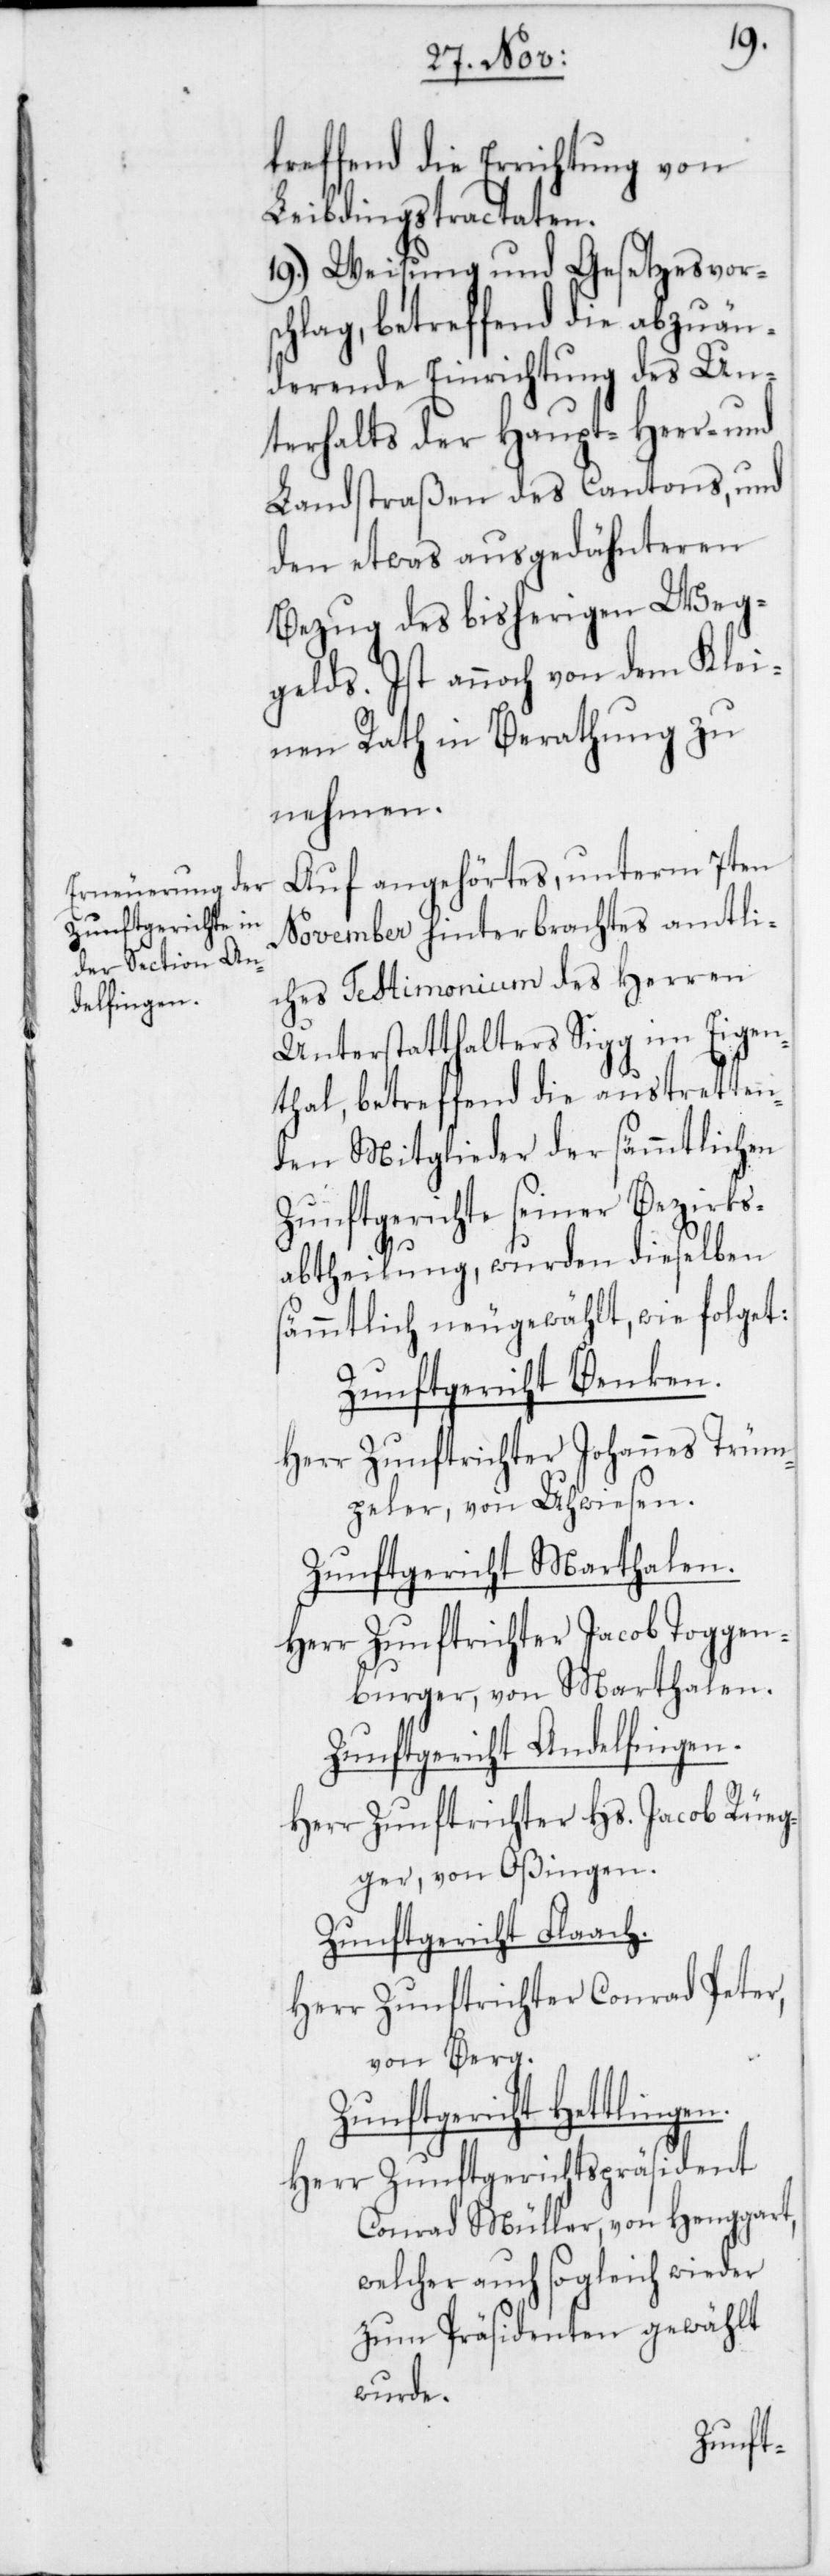
treffend die Errichtung von
Leibdingstractaten.
19.) Weisung und Gesetzesvor¬
schlag, betreffend die abzuän¬
derende Einrichtung des Un¬
terhalts der Haupt-[,] Heer- und
Landstraßen des Cantons, und
den etwas ausgedähnteren
Bezug des bisherigen Weg¬
gelds. Ist annoch von dem Klei¬
nen Rath in Berathung zu
nehmen.
Auf angehörtes, unterm 7ten
November hinterbrachtes amtli¬
ches Testimonium des Herren
Unterstatthalters Sigg im Eigen¬
thal, betreffend die austretten¬
den Mitglieder der sämmtlichen
Zunftgerichte seiner Bezirks¬
abtheilung, wurden dieselben
sämmtlich neu gewählt, wie folget:
Zunftgericht Benken.
Herr Zunftrichter Johannes Trüm¬
peler, von Uhwiesen.
Zunftgericht Marthalen.
Herr Zunftrichter Jacob Toggen¬
burger, von Marthalen.
Zunftgericht Andelfingen.
Herr Zunftrichter Hs. Jacob Rüeg¬
ger, von Oßingen.
Zunftgericht Flaach.
Herr Zunftrichter Conrad Peter,
von Berg.
Zunftgericht Hettlingen.
Herr Zunftgerichts-Präsident
Conrad Müller, von Henggart,
welcher auch sogleich wieder
zum Präsidenten gewählt
wurde.